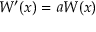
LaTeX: W ^ { \prime } ( x ) = a W ( x )